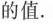
的值.